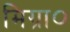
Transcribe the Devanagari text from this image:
मिग्रा०